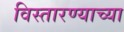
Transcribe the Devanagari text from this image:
विस्तारण्याच्या